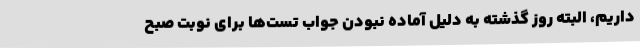
داریم، البته روز گذشته به دلیل آماده نبودن جواب تست‌ها برای نوبت صبح